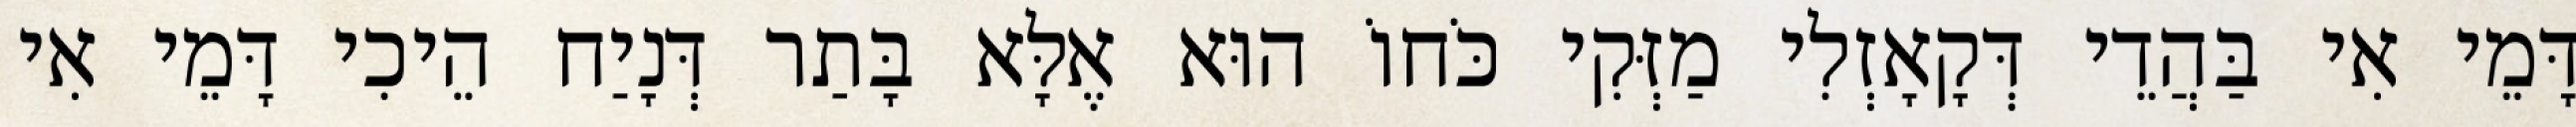
דָּמֵי אִי בַּהֲדֵי דְּקָאָזְלִי מַזְּקִי כֹּחוֹ הוּא אֶלָּא בָּתַר דְּנָיַח הֵיכִי דָּמֵי אִי